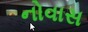
નોવાસ